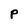
Character: P